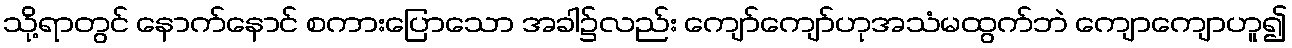
သို့ရာတွင် နောက်နောင် စကားပြောသော အခါ၌လည်း ကျော်ကျော်ဟုအသံမထွက်ဘဲ ကျောကျောဟူ၍